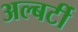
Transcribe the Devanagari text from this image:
अल्बर्टी